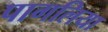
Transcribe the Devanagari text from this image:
पागलिया